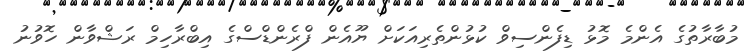
މުބާރާތުގެ އެންމެ މޮޅު ޑިފެންސިވް ކުޅުންތެރިއަކަށް ޔޫއެން ފްރެންޑްސްގެ އިބްރާހިމް ރަޝްވާން ހޮވުނު